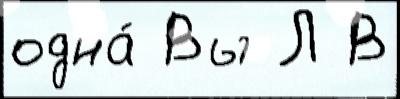
одна́ Вы Л В